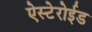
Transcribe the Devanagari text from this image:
ऐस्टेरोईड